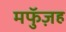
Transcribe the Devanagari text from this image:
मफुॅज़ह